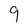
Character: 9